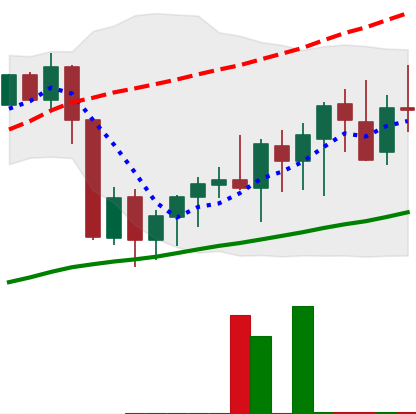
Ticker: XMR-USD
Chart end date: 2020-09-18
Forward return: -5.235%
Label: down_5_7